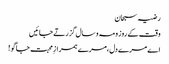
رضیہ سبحان
وقت کے روز و مہ و سال گزرتے جائیں
اے مرے دل،مرے ہمرازِ محبت جاگو !